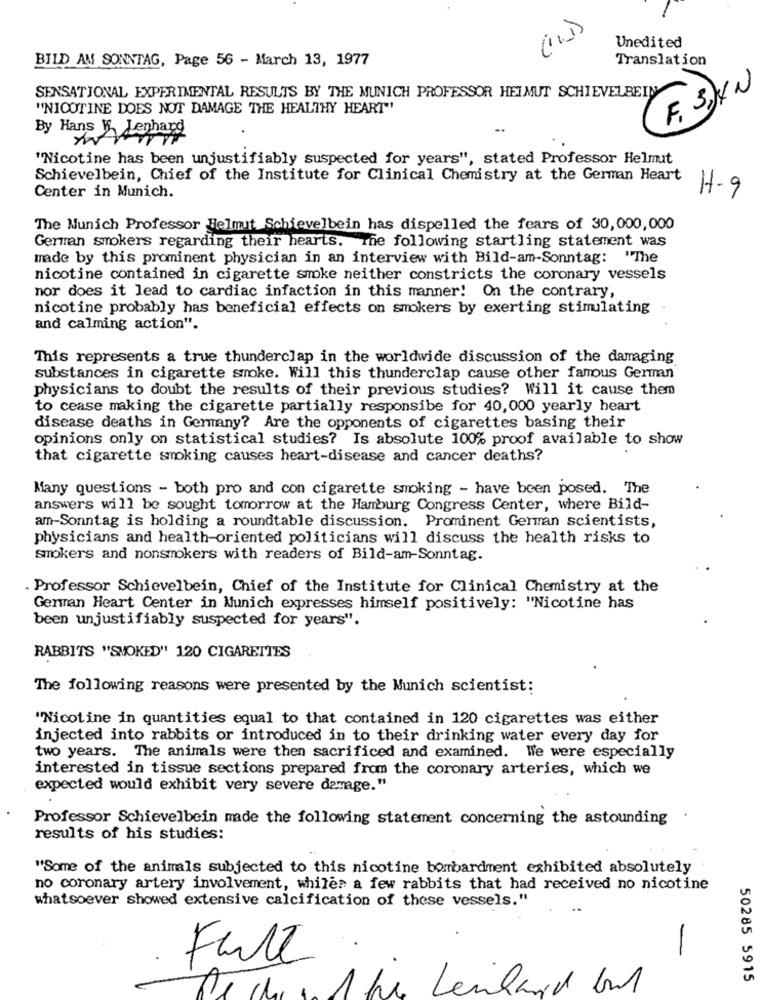
Unedited
BILD AM SONNTAG, Page 56 - March 13, 1977
Translation
SENSATIONAL EXPERIMENTAL RESULTS BY THE MUNICH PROFESSOR HELMUT SCHIEVELBEIN
F. 3) 4 N
"NICOTINE DOES NOT DAMAGE THE HEALTHY HEART"
By Hans W. Lenhard
"Nicotine has been unjustifiably suspected for years", stated Professor Helmut
Schievelbein, Chief of the Institute for Clinical Chemistry at the German Heart
H-9
Center in Munich.
The Nunich Professor Helmut Schievelbein has dispelled the fears of 30,000,000
German smokers regarding their hearts. The following startling statement was
made by this prominent physician in an interview with Bild-am-Sonntag: "The
nicotine contained in cigarette smoke neither constricts the coronary vessels
nor does it lead to cardiac infaction in this manner! On the contrary,
nicotine probably has beneficial effects on smokers by exerting stimulating
and calming action".
This represents a true thunderclap in the worldwide discussion of the damaging
substances in cigarette smoke. Will this thunderclap cause other famous German
physicians to doubt the results of their previous studies? Will it cause them
to cease making the cigarette partially responsibe for 40,000 yearly heart
disease deaths in Germany? Are the opponents of cigarettes basing their
opinions only on statistical studies? Is absolute 100% proof available to show
that cigarette smoking causes heart-disease and cancer deaths?
Many questions - both pro and con cigarette smoking - have been posed. The
answers will be sought tomorrow at the Hamburg Congress Center, where Bild-
am-Sonntag is holding a roundtable discussion. Prominent German scientists,
physicians and health-oriented politicians will discuss the health risks to
smokers and nonsmokers with readers of Bild-am-Sonntag.
. Professor Schievelbein, Chief of the Institute for Clinical Chemistry at the
German Heart Center in Munich expresses himself positively: "Nicotine has
been unjustifiably suspected for years".
RABBITS "SMOKED" 120 CIGARETTES
The following reasons were presented by the Munich scientist:
"Nicotine in quantities equal to that contained in 120 cigarettes was either
injected into rabbits or introduced in to their drinking water every day for
two years. The animals were then sacrificed and examined. We were especially
interested in tissue sections prepared from the coronary arteries, which we
expected would exhibit very severe damage."
Professor Schievelbein made the following statement concerning the astounding
results of his studies:
"Some of the animals subjected to this nicotine bombardment exhibited absolutely
no coronary artery involvement, while? a few rabbits that had received no nicotine
whatsoever showed extensive calcification of these vessels."
-
Falt
50285 5915
Te che und her Lenhand but